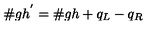
{ \# } g h ^ { ' } = { \# } g h + q _ { L } - q _ { R }